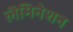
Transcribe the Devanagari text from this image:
लॅमिनेशन